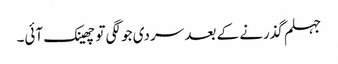
جہلم گذرنے کے بعد سردی جو لگی تو چھینک آئی۔